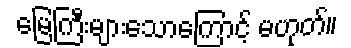
မြေကြီးများသောကြောင့် မဟုတ်။